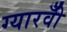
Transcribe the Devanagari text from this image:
ग्यारवीँ